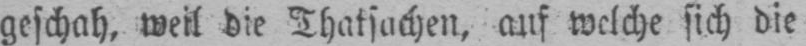
geschah, weil die Thatsachen, auf welche sich die